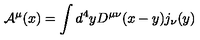
{ \cal A } ^ { \mu } ( x ) = \int d ^ { 4 } y D ^ { \mu \nu } ( x - y ) j _ { \nu } ( y )